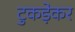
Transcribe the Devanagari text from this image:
टुकड़ेकर